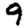
Digit: 9